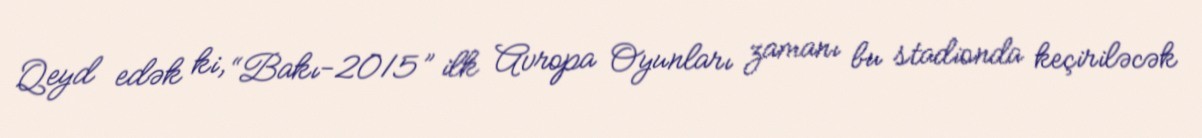
Qeyd edək ki, “Bakı-2015” ilk Avropa Oyunları zamanı bu stadionda keçiriləcək